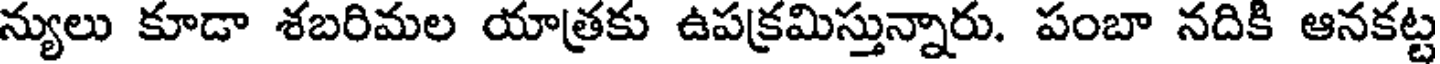
న్యులు కూడా శబరిమల యాత్రకు ఉపక్రమిస్తున్నారు. పంబా నదికి ఆనకట్ట